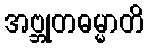
အဗ္ဘုတဓမ္မာတိ